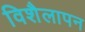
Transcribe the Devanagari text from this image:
विशैलापन